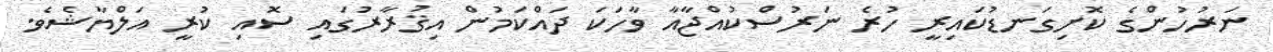
ނަރުހުންގެ ކޮށިގަނޑުކައިރީ ހުރެ ނަރުސްކުއްޖާއާ ވާހަކަ ދައްކަމުން އިޤުރާރުގައި ސޮއި ކުރީ އަލްޔާޝެވެ.